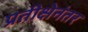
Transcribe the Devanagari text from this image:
प्रतीक्षेनंतर